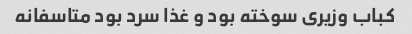
کباب وزیری سوخته بود و غذا سرد بود متاسفانه